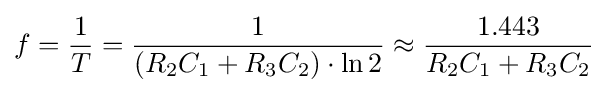
f={\frac {1}{T}}={\frac {1}{(R_{2}C_{1}+R_{3}C_{2})\cdot \ln {2}}}\approx {\frac {1.443}{R_{2}C_{1}+R_{3}C_{2}}}